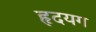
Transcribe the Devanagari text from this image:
हृदयग